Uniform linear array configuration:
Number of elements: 4
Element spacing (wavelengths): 1
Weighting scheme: binomial
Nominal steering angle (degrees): -15
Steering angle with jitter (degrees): -16.594
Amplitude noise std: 0.05
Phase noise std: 0.05

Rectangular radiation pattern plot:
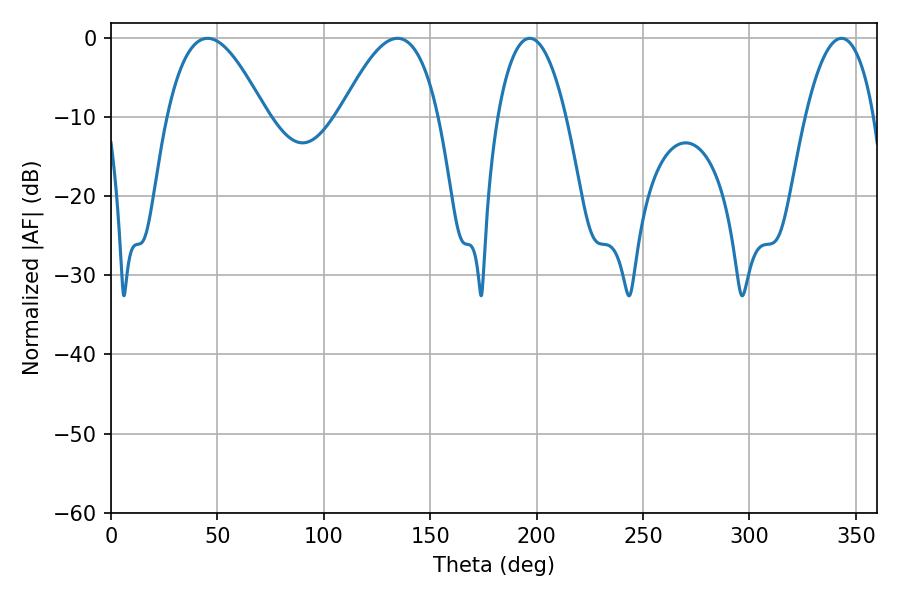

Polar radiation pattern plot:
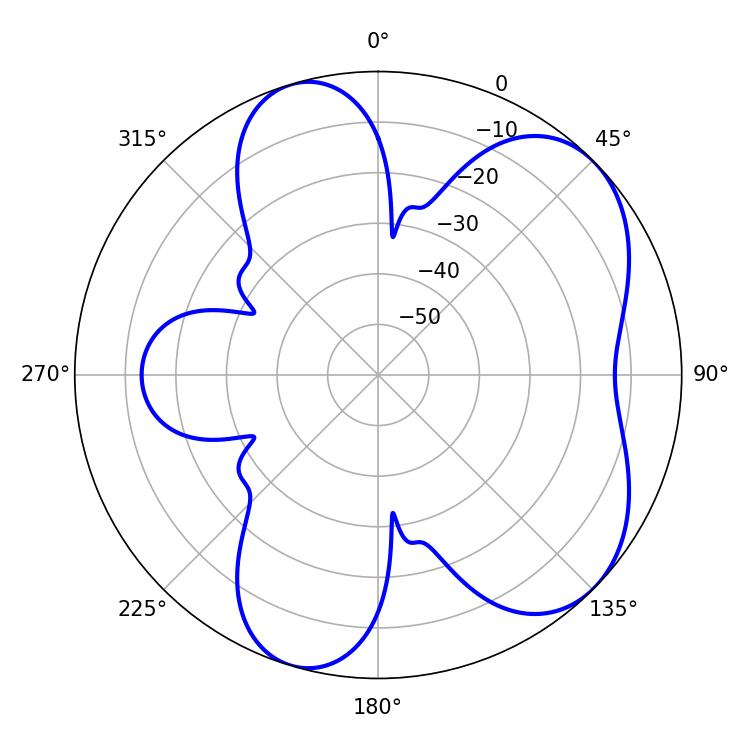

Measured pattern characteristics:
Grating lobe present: TRUE
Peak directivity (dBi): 6.016
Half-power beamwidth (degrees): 25.2
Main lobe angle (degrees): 45.36